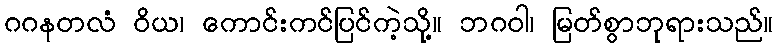
ဂဂနတလံ ဝိယ၊ ကောင်းကင်ပြင်ကဲ့သို့။ ဘဂဝါ၊ မြတ်စွာဘုရားသည်။